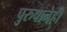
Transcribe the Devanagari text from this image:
पुरुषानेही